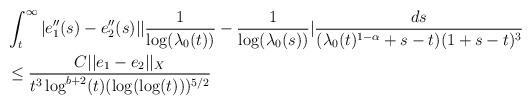
LaTeX: \begin{align*} &\int_{t}^{\infty} |e_{1}''(s)-e_{2}''(s)| |\frac{1}{\log(\lambda_{0}(t))}-\frac{1}{\log(\lambda_{0}(s))}| \frac{ds}{(\lambda_{0}(t)^{1-\alpha} +s-t)(1+s-t)^{3}}\\&\leq \frac{C ||e_{1}-e_{2}||_{X}}{t^{3}\log^{b+2}(t) (\log(\log(t)))^{5/2}}\end{align*}